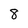
Character: 8